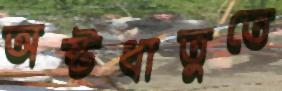
অষ্টধাতুতে